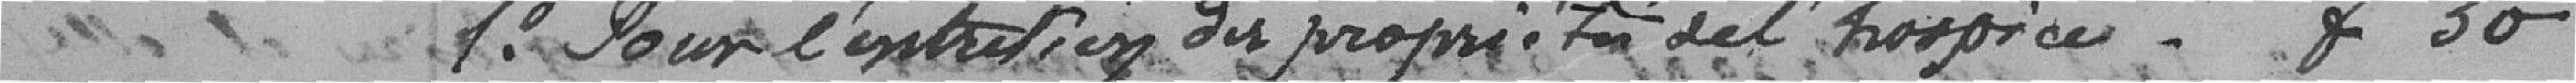
1° Pour l'entretien des propriétés de l'hospice  - f 50